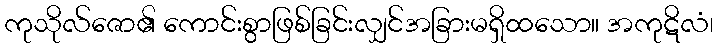
ကုသိုလ်ဇော၏ ကောင်းစွာဖြစ်ခြင်းလျှင်အခြားမရှိထသော။ အကုဋိလံ၊